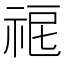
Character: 𥙤